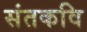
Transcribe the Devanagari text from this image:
संतकवि